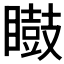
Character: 𭿢